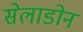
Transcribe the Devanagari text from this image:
सेलाडोन